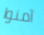
آمنوا